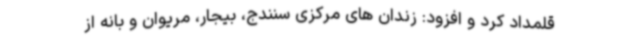
قلمداد کرد و افزود: زندان های مرکزی سنندج، بیجار، مریوان و بانه از